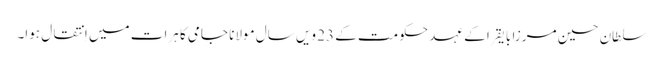
سلطان حسین مرزا بایقرا کے عہد حکومت کے 23 ویں سال مولانا جامی کا ہرات میں اِنتقال ہوا۔